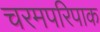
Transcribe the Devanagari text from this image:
चरमपरिपाक